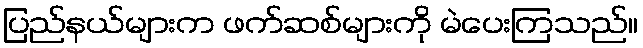
ပြည်နယ်များက ဖက်ဆစ်များကို မဲပေးကြသည်။